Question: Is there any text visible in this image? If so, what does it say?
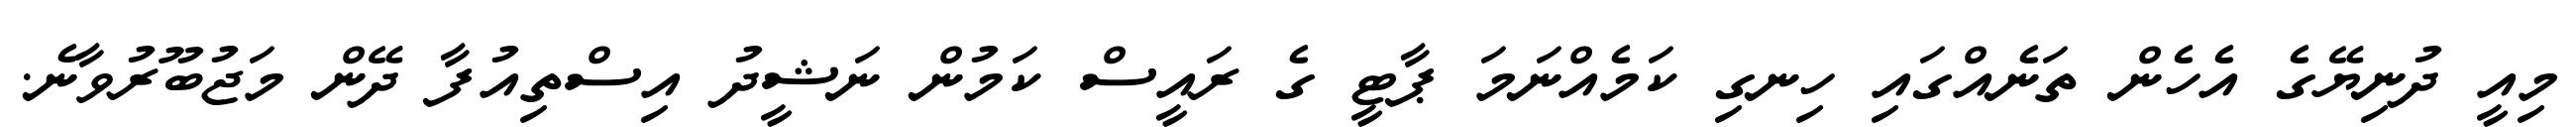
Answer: މިއީ ދުނިޔޭގެ އެހެން ތަނެއްގައި ހިނގި ކަމެއްނަމަ ޕާޓީ ގެ ރައީސް ކަމުން ނަޝީދު އިސްތިއުފާ ދޭން މަޖުބޫރުވާނެ.